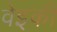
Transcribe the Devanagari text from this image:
वेइकी